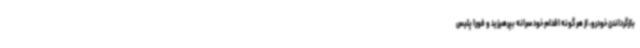
بازگرداندن خودرو، از هر گونه اقدام خودسرانه بپرهیزید و فوراً پلیس